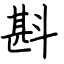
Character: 斟